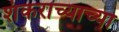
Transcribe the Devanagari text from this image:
शंकराच्याच्या